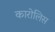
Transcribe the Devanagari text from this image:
कारोलिस